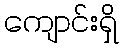
ကျောင်းရှိ